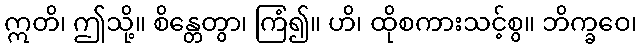
ဣတိ၊ ဤသို့။ စိန္တေတွာ၊ ကြံ၍။ ဟိ၊ ထိုစကားသင့်စွ။ ဘိက္ခဝေ၊